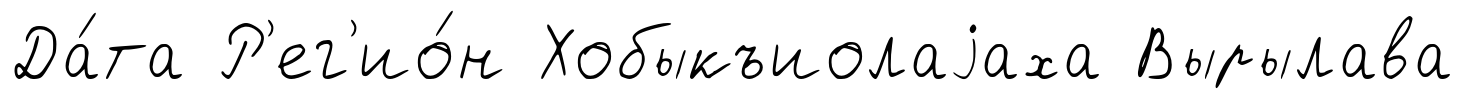
Да́та Р'ег'ио́н Хобыкъиолаjаха Вырылава